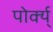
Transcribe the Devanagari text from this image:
पोर्क्य्